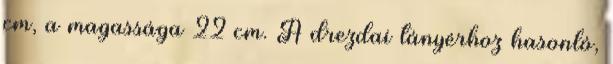
cm, a magassága 22 cm. A drezdai tányérhoz hasonló,